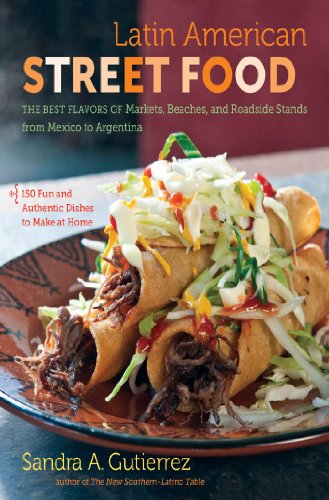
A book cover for Latin American Street Food: The Best Flavors of Markets, Beaches, and Roadside Stands from Mexico to Argentina; Sandra A. Gutierrez; Cookbooks, Food & Wine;